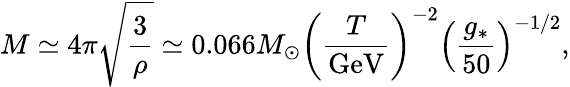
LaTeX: M\simeq 4\pi\sqrt{\frac{3}{\rho}}\simeq 0.066M_{\odot}\left(\frac{T}{\mathrm{GeV}}\right)^{-2}\left(\frac{g_{*}}{50}\right)^{{-1/2}},